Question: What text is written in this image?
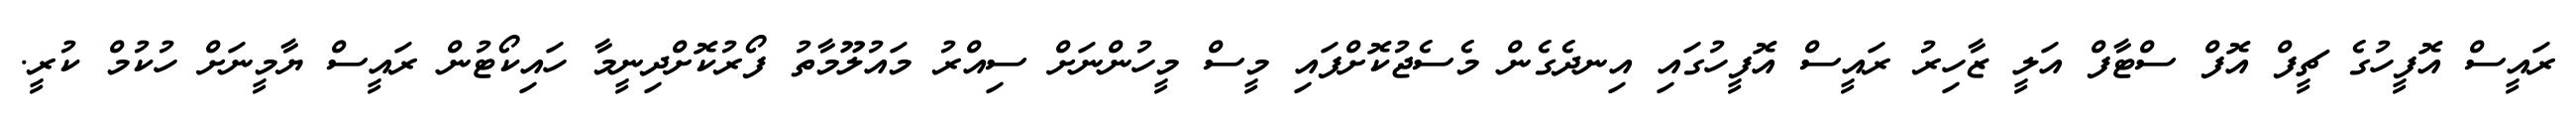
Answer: ރައީސް އޮފީހުގެ ޗީފް އޮފް ސްޓާފް އަލީ ޒާހިރު ރައީސް އޮފީހުގައި އިނދެގެން މެސެޖުކޮށްފައި މީސް މީހުންނަށް ސިއްރު މައުލޫމާތު ފޯރުކޮށްދިނީމާ ހައިކޯޓުން ރައީސް ޔާމީނަށް ހުކުމް ކުރީ.